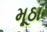
મૂઠા